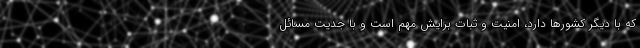
که با دیگر کشورها دارد، امنیت و ثبات برایش مهم است و با جدیت مسائل